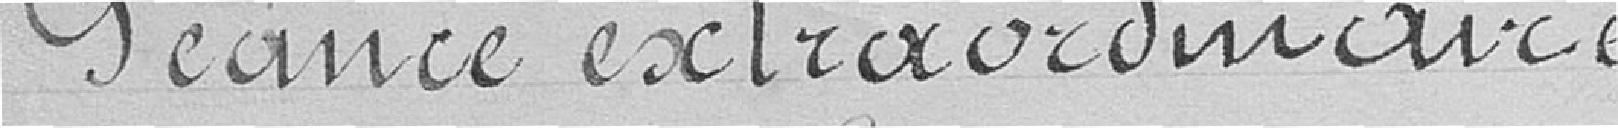
Séance extraordinaire